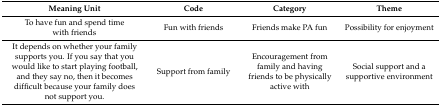
<table><thead><tr><td><b>Meaning Unit</b></td><td><b>Code</b></td><td><b>Category</b></td><td><b>Theme</b></td></tr></thead><tbody><tr><td>To have fun and spend time with friends</td><td>Fun with friends</td><td>Friends make PA fun</td><td>Possibility for enjoyment</td></tr><tr><td>It depends on whether your family supports you. If you say that you would like to start playing football, and they say no, then it becomes difficult because your family does not support you.</td><td>Support from family</td><td>Encouragement from family and having friends to be physically active with</td><td>Social support and a supportive environment</td></tr></tbody></table>